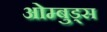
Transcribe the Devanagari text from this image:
ओम्बुड्स